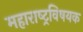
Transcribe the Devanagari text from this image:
महाराष्‍ट्रविषयक